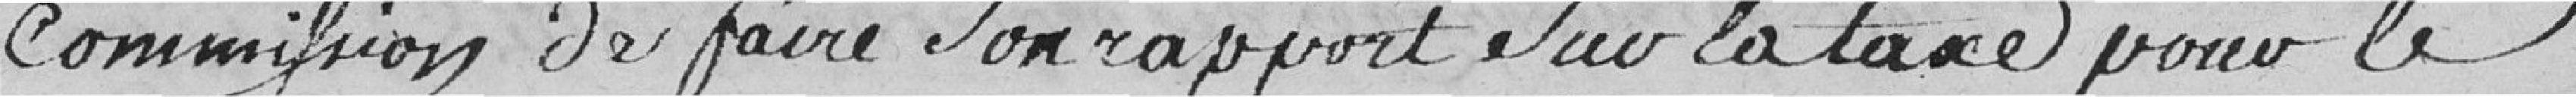
commission de faire son rapport sur la taxe pour le